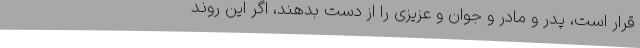
قرار است، پدر و مادر و جوان و عزیزی را از دست بدهند، اگر این روند